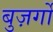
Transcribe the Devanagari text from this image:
बुज़र्गो